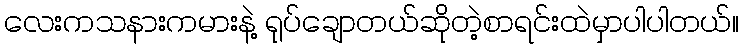
လေးကသနားကမားနဲ့ ရုပ်ချောတယ်ဆိုတဲ့စာရင်းထဲမှာပါပါတယ်။